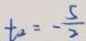
t _ { a } = - \frac { 5 } { 2 }